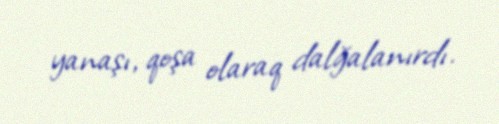
yanaşı, qoşa olaraq dalğalanırdı.